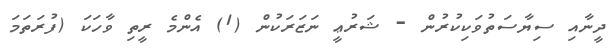
ދީނާއި ސިޔާސަތުވަކިކުރުން - ޝަރުޢީ ނަޒަރަކުން (1) އެންމެ ރީތި ވާހަކަ (ފުރަތަމަ